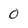
Character: 0